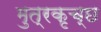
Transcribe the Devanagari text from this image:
मुत्रकृच्छ